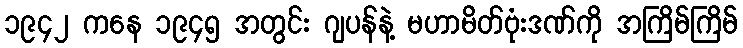
၁၉၄၂ ကနေ ၁၉၄၅ အတွင်း ဂျပန်နဲ့ မဟာမိတ်ဗုံးဒဏ်ကို အကြိမ်ကြိမ်